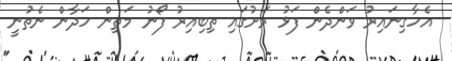
އެހާގިނައިރު ވަންދެން ފަޅު ރަށުގައި ތިބިއިރު ފޯނު މަތިން ހަދާން ނެތުނީ